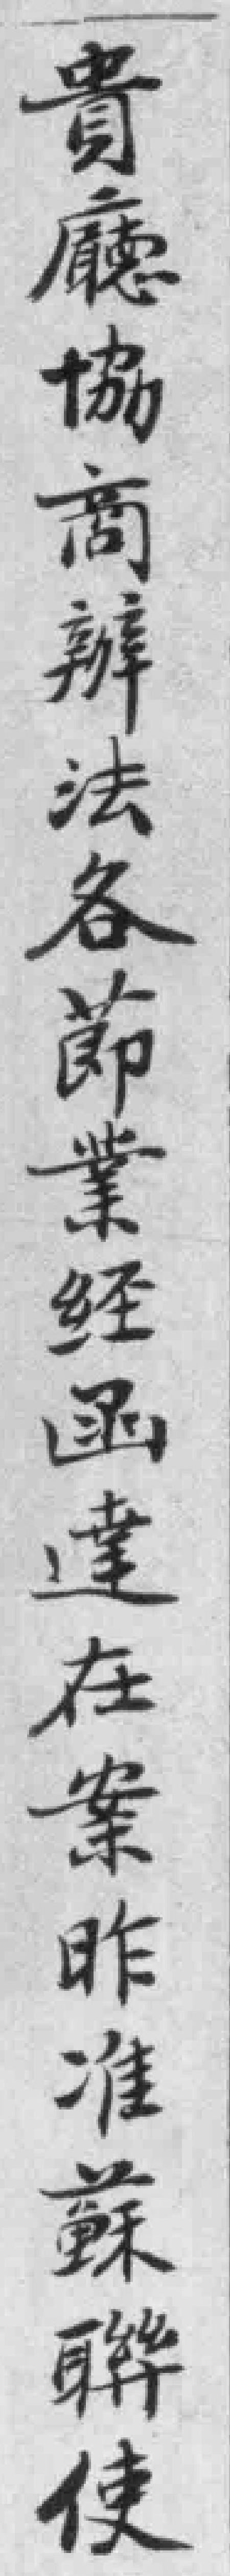
貴廳協商辦法各節業经函達在案昨准蘇聯使